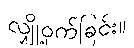
လျှို့ဝှက်ခြင်း။